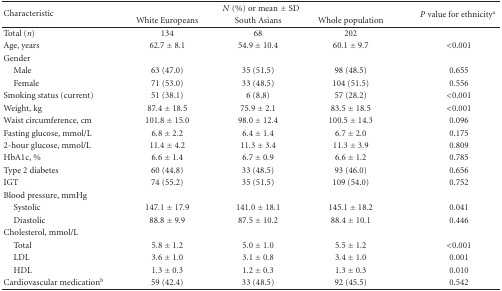
<table><thead><tr><td rowspan="2"><b>Characteristic</b></td><td colspan="3"><b><i>N</i> (%) or mean ± SD</b></td><td><b><i>P</i> value for ethnicity<sup>a</sup></b></td></tr><tr><td><b>White Europeans</b></td><td><b>South Asians</b></td><td><b>Whole population</b></td></tr></thead><tbody><tr><td>Total (<i>n</i>)</td><td>134 </td><td>68 </td><td>202 </td><td> </td></tr><tr><td>Age, years</td><td>62.7 ± 8.1</td><td>54.9 ± 10.4</td><td>60.1 ± 9.7</td><td>&lt;0.001</td></tr><tr><td>Gender</td><td> </td><td> </td><td> </td><td> </td></tr><tr><td> Male</td><td>63 (47.0)</td><td>35 (51.5)</td><td>98 (48.5)</td><td>0.655</td></tr><tr><td> Female</td><td>71 (53.0)</td><td>33 (48.5)</td><td>104 (51.5)</td><td>0.556</td></tr><tr><td>Smoking status (current)</td><td>51 (38.1)</td><td> 6 (8.8)</td><td> 57 (28.2)</td><td>&lt;0.001</td></tr><tr><td>Weight, kg</td><td>87.4 ± 18.5</td><td>75.9 ± 2.1</td><td>83.5 ± 18.5</td><td>&lt;0.001</td></tr><tr><td>Waist circumference, cm</td><td>101.8 ± 15.0</td><td>98.0 ± 12.4</td><td>100.5 ± 14.3</td><td>0.096</td></tr><tr><td>Fasting glucose, mmol/L</td><td>6.8 ± 2.2</td><td>6.4 ± 1.4</td><td>6.7 ± 2.0</td><td>0.175</td></tr><tr><td>2-hour glucose, mmol/L</td><td>11.4 ± 4.2</td><td>11.3 ± 3.4</td><td>11.3 ± 3.9</td><td>0.809</td></tr><tr><td>HbA1c, <i>% </i></td><td>6.6 ± 1.4</td><td>6.7 ± 0.9</td><td>6.6 ± 1.2</td><td>0.785</td></tr><tr><td>Type 2 diabetes</td><td>60 (44.8)</td><td>33 (48.5)</td><td>93 (46.0)</td><td>0.656</td></tr><tr><td> IGT</td><td>74 (55.2)</td><td>35 (51.5)</td><td>109 (54.0)</td><td>0.752</td></tr><tr><td>Blood pressure, mmHg</td><td> </td><td> </td><td> </td><td> </td></tr><tr><td> Systolic</td><td>147.1 ± 17.9</td><td>141.0 ± 18.1</td><td>145.1 ± 18.2</td><td>0.041</td></tr><tr><td> Diastolic</td><td>88.8 ± 9.9</td><td>87.5 ± 10.2</td><td>88.4 ± 10.1</td><td>0.446</td></tr><tr><td>Cholesterol, mmol/L</td><td> </td><td> </td><td> </td><td> </td></tr><tr><td> Total </td><td>5.8 ± 1.2</td><td>5.0 ± 1.0</td><td>5.5 ± 1.2</td><td>&lt;0.001</td></tr><tr><td> LDL </td><td>3.6 ± 1.0</td><td>3.1 ± 0.8</td><td>3.4 ± 1.0</td><td>0.001</td></tr><tr><td> HDL </td><td>1.3 ± 0.3</td><td>1.2 ± 0.3</td><td>1.3 ± 0.3</td><td>0.010</td></tr><tr><td>Cardiovascular medication<sup>b</sup></td><td>59 (42.4)</td><td>33 (48.5)</td><td>92 (45.5)</td><td>0.542</td></tr></tbody></table>